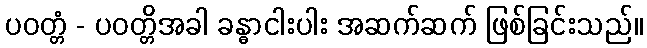
ပဝတ္တံ - ပဝတ္တိအခါ ခန္ဓာငါးပါး အဆက်ဆက် ဖြစ်ခြင်းသည်။